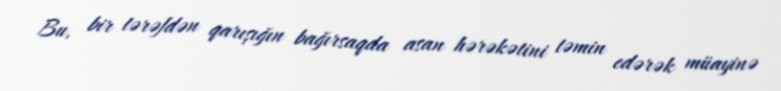
Bu, bir tərəfdən qarışığın bağırsaqda asan hərəkətini təmin edərək müayinə